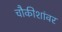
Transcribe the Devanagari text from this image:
चौकीशांवर